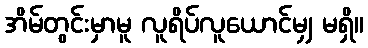
အိမ်တွင်းမှာမူ လူရိပ်လူယောင်မျှ မရှိ။